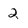
Character: 2